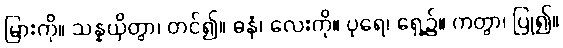
မြားကို။ သန္နယှိတွာ၊ တင်၍။ ဓနုံ၊ လေးကို။ ပုရေ၊ ရှေ့၌။ ကတွာ၊ ပြု၍။